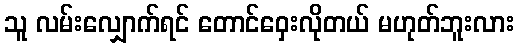
သူ လမ်းလျှောက်ရင် တောင်ဝှေးလိုတယ် မဟုတ်ဘူးလား